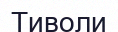
Тиволи